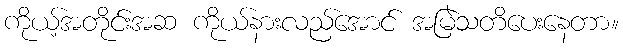
ကိုယ့်အတိုင်းအဆ ကိုယ်နားလည်အောင် အမြဲသတိပေးနေတာ။